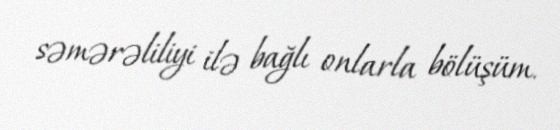
səmərəliliyi ilə bağlı onlarla bölüşüm.